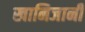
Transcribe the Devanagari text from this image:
खानिजानी